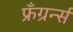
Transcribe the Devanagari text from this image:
फ्रँग्रर्न्स